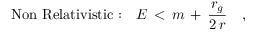
\mathrm { N o n ~ R e l a t i v i s t i c : } \quad E \, < \, m \, + \, { \frac { r _ { g } } { 2 \, r } } \quad ,